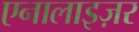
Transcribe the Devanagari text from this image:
एनालाइज़र